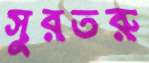
সুরতরু